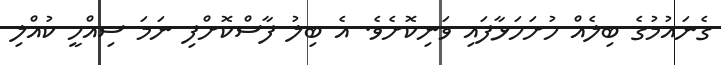
ގެނައުމުގެ ބިލެއް ހުށަހަޅާފައި ވަނިކޮށެވެ. އެ ބިލު ފާސްކޮށްފި ނަމަ ސިއްހީ ކުއްލި